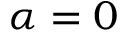
\alpha = 0